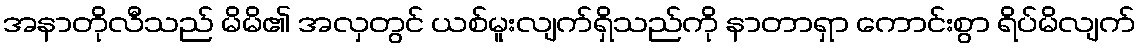
အနာတိုလီသည် မိမိ၏ အလှတွင် ယစ်မူးလျက်ရှိသည်ကို နာတာရှာ ကောင်းစွာ ရိပ်မိလျက်